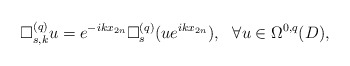
\begin{align*}\Box^{(q)}_{s,k}u=e^{-ikx_{2n}}\Box^{(q)}_s(ue^{ikx_{2n}}),\ \ \forall u\in\Omega^{0,q}(D),\end{align*}